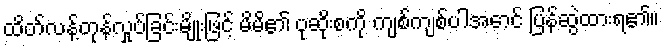
ထိတ်လန့်တုန်လှုပ်ခြင်းမျိုးဖြင့် မိမိ၏ ပုဆိုးစကို ကျစ်ကျစ်ပါအောင် ပြန်ဆွဲထားရ၏။